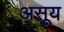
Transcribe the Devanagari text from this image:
असूय